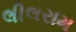
લીલરામ